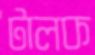
টালক